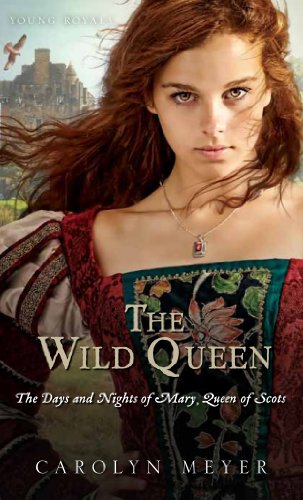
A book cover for The Wild Queen: The Days and Nights of Mary, Queen of Scots (Young Royals); Carolyn Meyer; Teen & Young Adult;